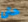
حتى